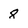
Character: 8